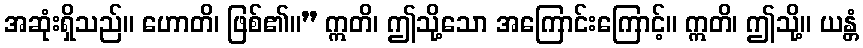
အဆုံးရှိသည်။ ဟောတိ၊ ဖြစ်၏။” ဣတိ၊ ဤသို့သော အကြောင်းကြောင့်။ ဣတိ၊ ဤသို့။ ယန္တံ